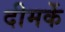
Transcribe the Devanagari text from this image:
दीमकें